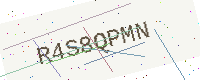
Text: R4S8QPMN